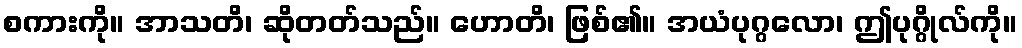
စကားကို။ အာသတိ၊ ဆိုတတ်သည်။ ဟောတိ၊ ဖြစ်၏။ အယံပုဂ္ဂလော၊ ဤပုဂ္ဂိုလ်ကို။